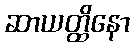
ဆာယတ္ထိနော